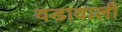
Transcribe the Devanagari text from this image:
वडावाली